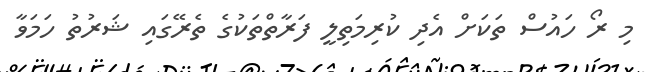
މި ރޯ ހައުސް ތަކަށް އެދި ކުރިމަތިލީ ފަރާތްތަކުގެ ތެރޭގައި ޝަރުތު ހަމަވާ